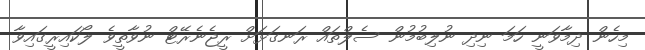
މިހެން ދިމާވަނީ ހަމަ ނިދި ނުލިބުމުން ސެލްތައް ރަނގަޅަށް ރީޖެނެރޭޓް ނުވާތީވެ ލޯކައިރީގައިވާ